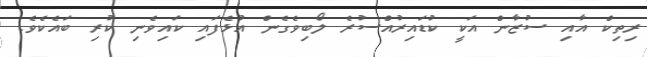
ރިތިކް އާއި ސުޒާން އަކީ ކުޑައިރުއްސުރެ ލޯބިވެގެން އުޅެފައި ކައިވެނި ކުރި ބައެކެވެ.